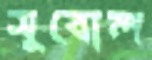
সুবোল